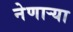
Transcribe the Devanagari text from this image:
नेणाऱ्‍या